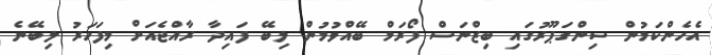
އެހެންކަމުން ސިންގަޕޫރުގައި ބިޒްނަސް ފޯރަމް ބޭއްވުމުން ލިބޭ ފައިދާ ރާއްޖެއަށް މިފަހަރު ލިބޭނެ